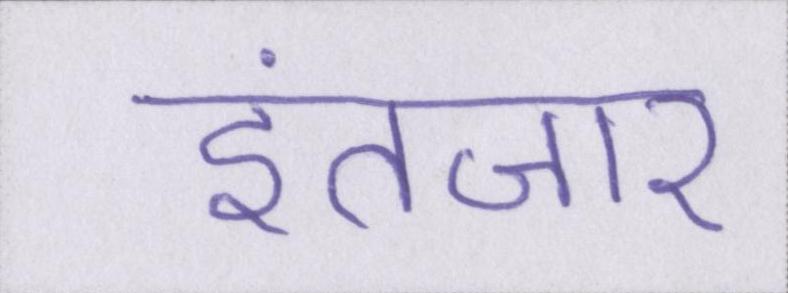
इंतज़ार